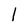
Character: l